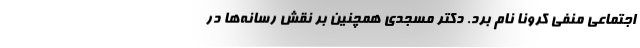
اجتماعی منفی کرونا نام برد. دکتر مسجدی همچنین بر نقش رسانه‌ها در